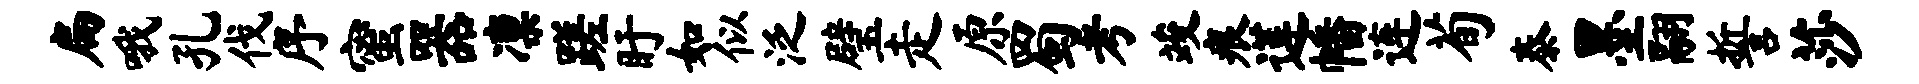
扁哦孔伐序蜜器凛蹉盱如似泛璧走原蜀考竣痕莲幡连荀泰墨翮誓莎